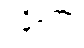
ဥဍ္ဍိတော